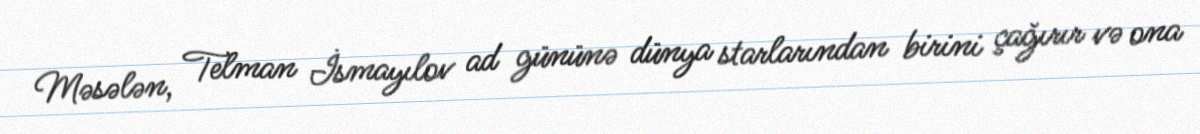
Məsələn, Telman İsmayılov ad gününə dünya starlarından birini çağırır və ona